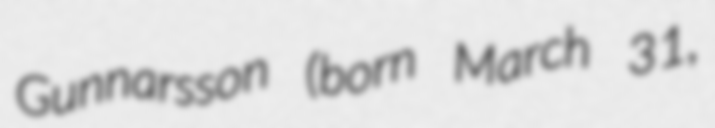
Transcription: Gunnarsson (born March 31,